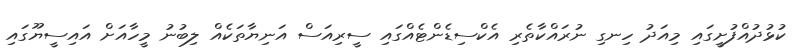
ކުޅުދުއްފުށީގައި މިއަދު ހިނގި ނުރައްކާތެރި އެކްސިޑެންޓެއްގައި ސީރިއަސް އަނިޔާތަކެއް ލިބުނު މީހާއަށް އައިސީޔޫގައި